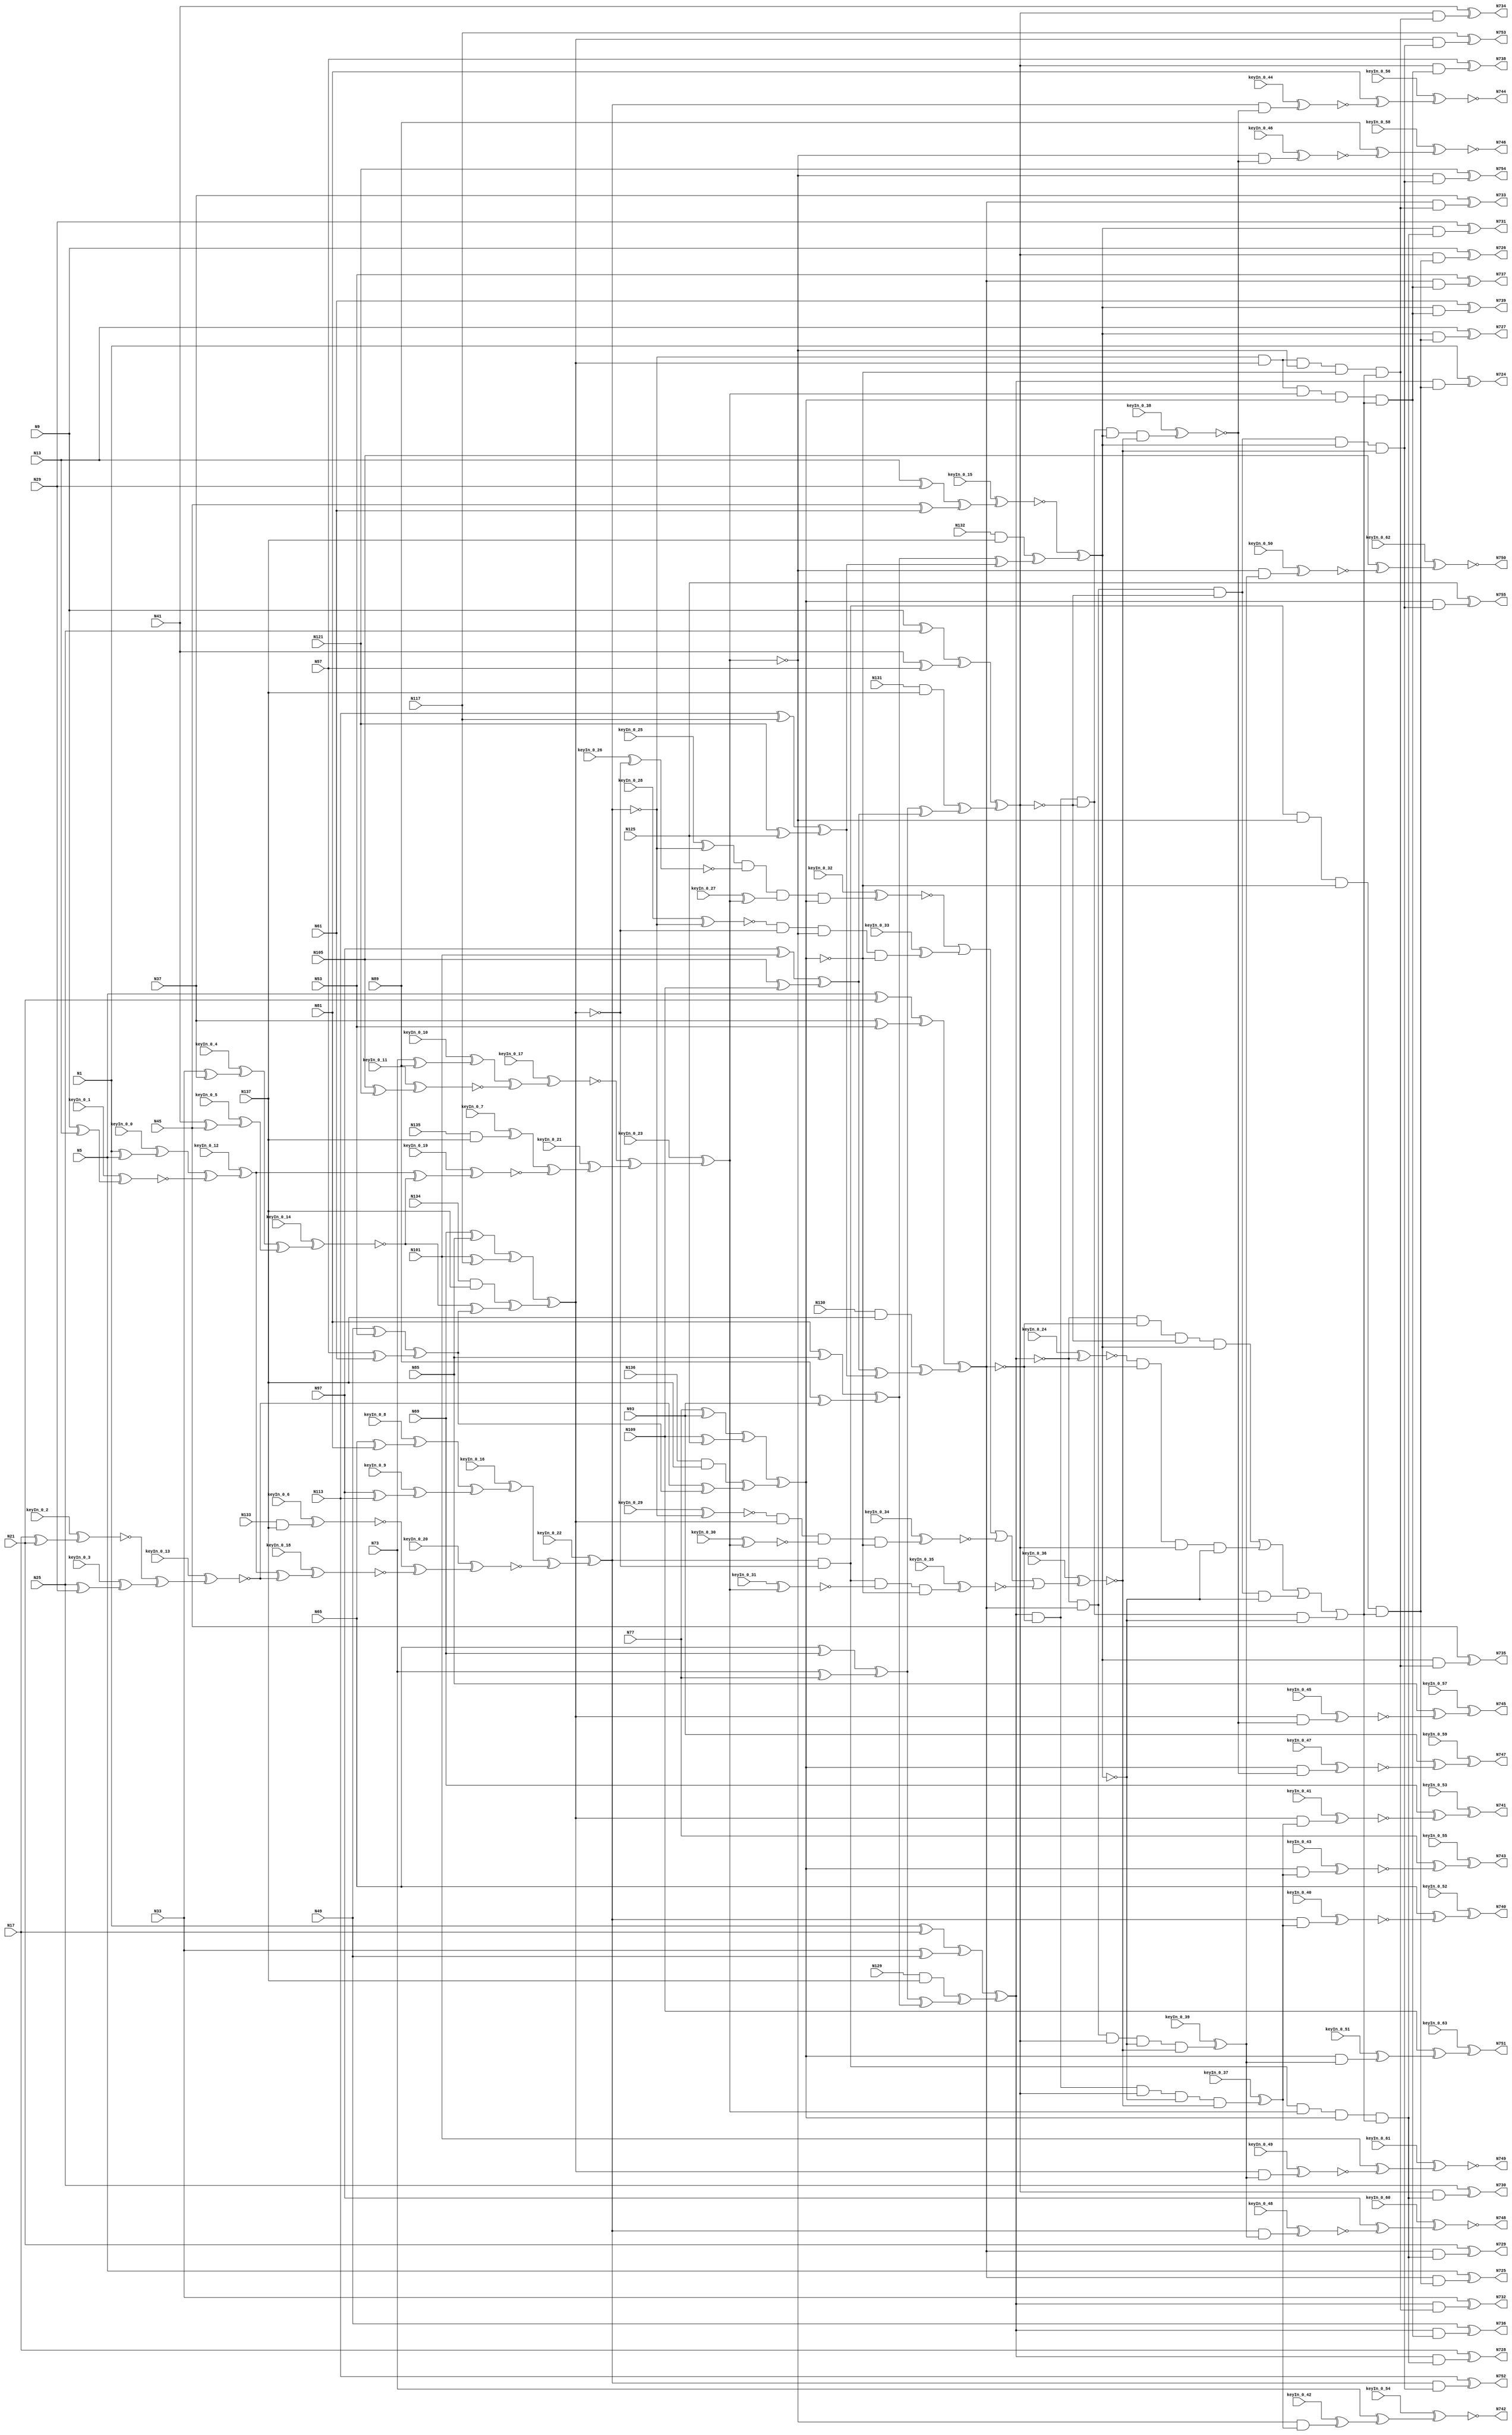
`timescale 1ns / 1ps
// Verilog
// c499
// Ninputs 41
// Noutputs 32
// NtotalGates 202
// XOR2 104
// AND2 40
// NOT1 40
// AND4 8
// OR4 2
// AND5 8

module top (N1,N5,N9,N13,N17,N21,N25,N29,N33,N37,
             N41,N45,N49,N53,N57,N61,N65,N69,N73,N77,
             N81,N85,N89,N93,N97,N101,N105,N109,N113,N117,
             N121,N125,N129,N130,N131,N132,N133,N134,N135,N136,
             N137,N724,N725,N726,N727,N728,N729,N730,N731,N732,
             N733,N734,N735,N736,N737,N738,N739,N740,N741,N742,
             N743,N744,N745,N746,N747,N748,N749,N750,N751,N752,
                  N753,N754,N755,
        keyIn_0_0, keyIn_0_1, keyIn_0_2, keyIn_0_3, keyIn_0_4,
        keyIn_0_5, keyIn_0_6, keyIn_0_7, keyIn_0_8, keyIn_0_9,
        keyIn_0_10, keyIn_0_11, keyIn_0_12, keyIn_0_13, keyIn_0_14,
        keyIn_0_15, keyIn_0_16, keyIn_0_17, keyIn_0_18, keyIn_0_19,
        keyIn_0_20, keyIn_0_21, keyIn_0_22, keyIn_0_23, keyIn_0_24,
        keyIn_0_25, keyIn_0_26, keyIn_0_27, keyIn_0_28, keyIn_0_29,
        keyIn_0_30, keyIn_0_31, keyIn_0_32, keyIn_0_33, keyIn_0_34,
        keyIn_0_35, keyIn_0_36, keyIn_0_37, keyIn_0_38, keyIn_0_39,
        keyIn_0_40, keyIn_0_41, keyIn_0_42, keyIn_0_43, keyIn_0_44,
        keyIn_0_45, keyIn_0_46, keyIn_0_47, keyIn_0_48, keyIn_0_49,
        keyIn_0_50, keyIn_0_51, keyIn_0_52, keyIn_0_53, keyIn_0_54,
        keyIn_0_55, keyIn_0_56, keyIn_0_57, keyIn_0_58, keyIn_0_59,
        keyIn_0_60, keyIn_0_61, keyIn_0_62, keyIn_0_63);

  input keyIn_0_0, keyIn_0_1, keyIn_0_2, keyIn_0_3, keyIn_0_4;
  input keyIn_0_5, keyIn_0_6, keyIn_0_7, keyIn_0_8, keyIn_0_9;
  input keyIn_0_10, keyIn_0_11, keyIn_0_12, keyIn_0_13, keyIn_0_14;
  input keyIn_0_15, keyIn_0_16, keyIn_0_17, keyIn_0_18, keyIn_0_19;
  input keyIn_0_20, keyIn_0_21, keyIn_0_22, keyIn_0_23, keyIn_0_24;
  input keyIn_0_25, keyIn_0_26, keyIn_0_27, keyIn_0_28, keyIn_0_29;
  input keyIn_0_30, keyIn_0_31, keyIn_0_32, keyIn_0_33, keyIn_0_34;
  input keyIn_0_35, keyIn_0_36, keyIn_0_37, keyIn_0_38, keyIn_0_39;
  input keyIn_0_40, keyIn_0_41, keyIn_0_42, keyIn_0_43, keyIn_0_44;
  input keyIn_0_45, keyIn_0_46, keyIn_0_47, keyIn_0_48, keyIn_0_49;
  input keyIn_0_50, keyIn_0_51, keyIn_0_52, keyIn_0_53, keyIn_0_54;
  input keyIn_0_55, keyIn_0_56, keyIn_0_57, keyIn_0_58, keyIn_0_59;
  input keyIn_0_60, keyIn_0_61, keyIn_0_62, keyIn_0_63;

  wire [0:63] KeyWire_0;
  wire [0:30] KeyNOTWire_0;

input N1,N5,N9,N13,N17,N21,N25,N29,N33,N37,
      N41,N45,N49,N53,N57,N61,N65,N69,N73,N77,
      N81,N85,N89,N93,N97,N101,N105,N109,N113,N117,
      N121,N125,N129,N130,N131,N132,N133,N134,N135,N136,
      N137;

output N724,N725,N726,N727,N728,N729,N730,N731,N732,N733,
       N734,N735,N736,N737,N738,N739,N740,N741,N742,N743,
       N744,N745,N746,N747,N748,N749,N750,N751,N752,N753,
       N754,N755;

wire N250,N251,N252,N253,N254,N255,N256,N257,N258,N259,
     N260,N261,N262,N263,N264,N265,N266,N267,N268,N269,
     N270,N271,N272,N273,N274,N275,N276,N277,N278,N279,
     N280,N281,N282,N283,N284,N285,N286,N287,N288,N289,
     N290,N293,N296,N299,N302,N305,N308,N311,N314,N315,
     N316,N317,N318,N319,N320,N321,N338,N339,N340,N341,
     N342,N343,N344,N345,N346,N347,N348,N349,N350,N351,
     N352,N353,N354,N367,N380,N393,N406,N419,N432,N445,
     N554,N555,N556,N557,N558,N559,N560,N561,N562,N563,
     N564,N565,N566,N567,N568,N569,N570,N571,N572,N573,
     N574,N575,N576,N577,N578,N579,N580,N581,N582,N583,
     N584,N585,N586,N587,N588,N589,N590,N591,N592,N593,
     N594,N595,N596,N597,N598,N599,N600,N601,N602,N607,
     N620,N625,N630,N635,N640,N645,N650,N655,N692,N693,
     N694,N695,N696,N697,N698,N699,N700,N701,N702,N703,
     N704,N705,N706,N707,N708,N709,N710,N711,N712,N713,
     N714,N715,N716,N717,N718,N719,N720,N721,N722,N723;

  xor XOR2_1 (KeyWire_0[0], N1, N5);
  xor KeyGate_0_0(N250, keyIn_0_0, KeyWire_0[0]);
  xor XOR2_2 (KeyWire_0[1], N9, N13);
  xor KeyGate_0_1(KeyNOTWire_0[0], keyIn_0_1, KeyWire_0[1]);
  not KeyNOTGate_0_0(N251, KeyNOTWire_0[0]);
  xor XOR2_3 (KeyWire_0[2], N17, N21);
  xor KeyGate_0_2(KeyNOTWire_0[1], keyIn_0_2, KeyWire_0[2]);
  not KeyNOTGate_0_1(N252, KeyNOTWire_0[1]);
  xor XOR2_4 (KeyWire_0[3], N25, N29);
  xor KeyGate_0_3(N253, keyIn_0_3, KeyWire_0[3]);
  xor XOR2_5 (KeyWire_0[4], N33, N37);
  xor KeyGate_0_4(N254, keyIn_0_4, KeyWire_0[4]);
  xor XOR2_6 (KeyWire_0[5], N41, N45);
  xor KeyGate_0_5(N255, keyIn_0_5, KeyWire_0[5]);
xor XOR2_7 (N256, N49, N53);
xor XOR2_8 (N257, N57, N61);
xor XOR2_9 (N258, N65, N69);
xor XOR2_10 (N259, N73, N77);
xor XOR2_11 (N260, N81, N85);
xor XOR2_12 (N261, N89, N93);
xor XOR2_13 (N262, N97, N101);
xor XOR2_14 (N263, N105, N109);
xor XOR2_15 (N264, N113, N117);
xor XOR2_16 (N265, N121, N125);
and AND2_17 (N266, N129, N137);
and AND2_18 (N267, N130, N137);
and AND2_19 (N268, N131, N137);
and AND2_20 (N269, N132, N137);
  and AND2_21 (KeyWire_0[6], N133, N137);
  xor KeyGate_0_6(KeyNOTWire_0[2], keyIn_0_6, KeyWire_0[6]);
  not KeyNOTGate_0_2(N270, KeyNOTWire_0[2]);
and AND2_22 (N271, N134, N137);
  and AND2_23 (KeyWire_0[7], N135, N137);
  xor KeyGate_0_7(N272, keyIn_0_7, KeyWire_0[7]);
and AND2_24 (N273, N136, N137);
xor XOR2_25 (N274, N1, N17);
xor XOR2_26 (N275, N33, N49);
xor XOR2_27 (N276, N5, N21);
xor XOR2_28 (N277, N37, N53);
xor XOR2_29 (N278, N9, N25);
xor XOR2_30 (N279, N41, N57);
xor XOR2_31 (N280, N13, N29);
xor XOR2_32 (N281, N45, N61);
  xor XOR2_33 (KeyWire_0[8], N65, N81);
  xnor KeyGate_0_8(KeyNOTWire_0[3], keyIn_0_8, KeyWire_0[8]);
  not KeyNOTGate_0_3(N282, KeyNOTWire_0[3]);
  xor XOR2_34 (KeyWire_0[9], N97, N113);
  xor KeyGate_0_9(N283, keyIn_0_9, KeyWire_0[9]);
xor XOR2_35 (N284, N69, N85);
xor XOR2_36 (N285, N101, N117);
  xor XOR2_37 (KeyWire_0[10], N73, N89);
  xor KeyGate_0_10(N286, keyIn_0_10, KeyWire_0[10]);
  xor XOR2_38 (KeyWire_0[11], N105, N121);
  xnor KeyGate_0_11(N287, keyIn_0_11, KeyWire_0[11]);
xor XOR2_39 (N288, N77, N93);
xor XOR2_40 (N289, N109, N125);
  xor XOR2_41 (KeyWire_0[12], N250, N251);
  xnor KeyGate_0_12(KeyNOTWire_0[4], keyIn_0_12, KeyWire_0[12]);
  not KeyNOTGate_0_4(N290, KeyNOTWire_0[4]);
  xor XOR2_42 (KeyWire_0[13], N252, N253);
  xnor KeyGate_0_13(N293, keyIn_0_13, KeyWire_0[13]);
  xor XOR2_43 (KeyWire_0[14], N254, N255);
  xor KeyGate_0_14(KeyNOTWire_0[5], keyIn_0_14, KeyWire_0[14]);
  not KeyNOTGate_0_5(N296, KeyNOTWire_0[5]);
xor XOR2_44 (N299, N256, N257);
xor XOR2_45 (N302, N258, N259);
xor XOR2_46 (N305, N260, N261);
xor XOR2_47 (N308, N262, N263);
xor XOR2_48 (N311, N264, N265);
xor XOR2_49 (N314, N274, N275);
xor XOR2_50 (N315, N276, N277);
xor XOR2_51 (N316, N278, N279);
  xor XOR2_52 (KeyWire_0[15], N280, N281);
  xnor KeyGate_0_15(N317, keyIn_0_15, KeyWire_0[15]);
  xor XOR2_53 (KeyWire_0[16], N282, N283);
  xor KeyGate_0_16(N318, keyIn_0_16, KeyWire_0[16]);
xor XOR2_54 (N319, N284, N285);
  xor XOR2_55 (KeyWire_0[17], N286, N287);
  xnor KeyGate_0_17(N320, keyIn_0_17, KeyWire_0[17]);
xor XOR2_56 (N321, N288, N289);
  xor XOR2_57 (KeyWire_0[18], N290, N293);
  xnor KeyGate_0_18(N338, keyIn_0_18, KeyWire_0[18]);
xor XOR2_58 (N339, N296, N299);
  xor XOR2_59 (KeyWire_0[19], N290, N296);
  xor KeyGate_0_19(KeyNOTWire_0[6], keyIn_0_19, KeyWire_0[19]);
  not KeyNOTGate_0_6(N340, KeyNOTWire_0[6]);
xor XOR2_60 (N341, N293, N299);
xor XOR2_61 (N342, N302, N305);
xor XOR2_62 (N343, N308, N311);
xor XOR2_63 (N344, N302, N308);
xor XOR2_64 (N345, N305, N311);
xor XOR2_65 (N346, N266, N342);
xor XOR2_66 (N347, N267, N343);
xor XOR2_67 (N348, N268, N344);
xor XOR2_68 (N349, N269, N345);
  xor XOR2_69 (KeyWire_0[20], N270, N338);
  xor KeyGate_0_20(KeyNOTWire_0[7], keyIn_0_20, KeyWire_0[20]);
  not KeyNOTGate_0_7(N350, KeyNOTWire_0[7]);
xor XOR2_70 (N351, N271, N339);
  xor XOR2_71 (KeyWire_0[21], N272, N340);
  xor KeyGate_0_21(N352, keyIn_0_21, KeyWire_0[21]);
xor XOR2_72 (N353, N273, N341);
xor XOR2_73 (N354, N314, N346);
xor XOR2_74 (N367, N315, N347);
xor XOR2_75 (N380, N316, N348);
xor XOR2_76 (N393, N317, N349);
  xor XOR2_77 (KeyWire_0[22], N318, N350);
  xor KeyGate_0_22(N406, keyIn_0_22, KeyWire_0[22]);
xor XOR2_78 (N419, N319, N351);
  xor XOR2_79 (KeyWire_0[23], N320, N352);
  xnor KeyGate_0_23(N432, keyIn_0_23, KeyWire_0[23]);
xor XOR2_80 (N445, N321, N353);
not NOT1_81 (N554, N354);
not NOT1_82 (N555, N367);
not NOT1_83 (N556, N380);
  not NOT1_84 (KeyWire_0[24], N354);
  xor KeyGate_0_24(KeyNOTWire_0[8], keyIn_0_24, KeyWire_0[24]);
  not KeyNOTGate_0_8(N557, KeyNOTWire_0[8]);
not NOT1_85 (N558, N367);
not NOT1_86 (N559, N393);
not NOT1_87 (N560, N354);
not NOT1_88 (N561, N380);
not NOT1_89 (N562, N393);
not NOT1_90 (N563, N367);
not NOT1_91 (N564, N380);
not NOT1_92 (N565, N393);
not NOT1_93 (N566, N419);
not NOT1_94 (N567, N445);
not NOT1_95 (N568, N419);
not NOT1_96 (N569, N432);
not NOT1_97 (N570, N406);
not NOT1_98 (N571, N445);
not NOT1_99 (N572, N406);
not NOT1_100 (N573, N432);
  not NOT1_101 (KeyWire_0[25], N406);
  xnor KeyGate_0_25(KeyNOTWire_0[9], keyIn_0_25, KeyWire_0[25]);
  not KeyNOTGate_0_9(N574, KeyNOTWire_0[9]);
  not NOT1_102 (KeyWire_0[26], N419);
  xor KeyGate_0_26(KeyNOTWire_0[10], keyIn_0_26, KeyWire_0[26]);
  not KeyNOTGate_0_10(N575, KeyNOTWire_0[10]);
  not NOT1_103 (KeyWire_0[27], N432);
  xor KeyGate_0_27(N576, keyIn_0_27, KeyWire_0[27]);
  not NOT1_104 (KeyWire_0[28], N406);
  xor KeyGate_0_28(KeyNOTWire_0[11], keyIn_0_28, KeyWire_0[28]);
  not KeyNOTGate_0_11(N577, KeyNOTWire_0[11]);
not NOT1_105 (N578, N419);
not NOT1_106 (N579, N445);
  not NOT1_107 (KeyWire_0[29], N406);
  xnor KeyGate_0_29(N580, keyIn_0_29, KeyWire_0[29]);
  not NOT1_108 (KeyWire_0[30], N432);
  xor KeyGate_0_30(KeyNOTWire_0[12], keyIn_0_30, KeyWire_0[30]);
  not KeyNOTGate_0_12(N581, KeyNOTWire_0[12]);
not NOT1_109 (N582, N445);
not NOT1_110 (N583, N419);
  not NOT1_111 (KeyWire_0[31], N432);
  xor KeyGate_0_31(KeyNOTWire_0[13], keyIn_0_31, KeyWire_0[31]);
  not KeyNOTGate_0_13(N584, KeyNOTWire_0[13]);
not NOT1_112 (N585, N445);
not NOT1_113 (N586, N367);
not NOT1_114 (N587, N393);
not NOT1_115 (N588, N367);
not NOT1_116 (N589, N380);
not NOT1_117 (N590, N354);
not NOT1_118 (N591, N393);
not NOT1_119 (N592, N354);
not NOT1_120 (N593, N380);
and AND4_121 (N594, N554, N555, N556, N393);
and AND4_122 (N595, N557, N558, N380, N559);
and AND4_123 (N596, N560, N367, N561, N562);
and AND4_124 (N597, N354, N563, N564, N565);
  and AND4_125 (KeyWire_0[32], N574, N575, N576, N445);
  xor KeyGate_0_32(KeyNOTWire_0[14], keyIn_0_32, KeyWire_0[32]);
  not KeyNOTGate_0_14(N598, KeyNOTWire_0[14]);
  and AND4_126 (KeyWire_0[33], N577, N578, N432, N579);
  xnor KeyGate_0_33(KeyNOTWire_0[15], keyIn_0_33, KeyWire_0[33]);
  not KeyNOTGate_0_15(N599, KeyNOTWire_0[15]);
  and AND4_127 (KeyWire_0[34], N580, N419, N581, N582);
  xor KeyGate_0_34(KeyNOTWire_0[16], keyIn_0_34, KeyWire_0[34]);
  not KeyNOTGate_0_16(N600, KeyNOTWire_0[16]);
  and AND4_128 (KeyWire_0[35], N406, N583, N584, N585);
  xnor KeyGate_0_35(N601, keyIn_0_35, KeyWire_0[35]);
or OR4_129 (N602, N594, N595, N596, N597);
  or OR4_130 (KeyWire_0[36], N598, N599, N600, N601);
  xnor KeyGate_0_36(N607, keyIn_0_36, KeyWire_0[36]);
and AND5_131 (N620, N406, N566, N432, N567, N602);
and AND5_132 (N625, N406, N568, N569, N445, N602);
and AND5_133 (N630, N570, N419, N432, N571, N602);
and AND5_134 (N635, N572, N419, N573, N445, N602);
  and AND5_135 (KeyWire_0[37], N354, N586, N380, N587, N607);
  xor KeyGate_0_37(N640, keyIn_0_37, KeyWire_0[37]);
  and AND5_136 (KeyWire_0[38], N354, N588, N589, N393, N607);
  xor KeyGate_0_38(KeyNOTWire_0[17], keyIn_0_38, KeyWire_0[38]);
  not KeyNOTGate_0_17(N645, KeyNOTWire_0[17]);
  and AND5_137 (KeyWire_0[39], N590, N367, N380, N591, N607);
  xnor KeyGate_0_39(KeyNOTWire_0[18], keyIn_0_39, KeyWire_0[39]);
  not KeyNOTGate_0_18(N650, KeyNOTWire_0[18]);
and AND5_138 (N655, N592, N367, N593, N393, N607);
and AND2_139 (N692, N354, N620);
and AND2_140 (N693, N367, N620);
and AND2_141 (N694, N380, N620);
and AND2_142 (N695, N393, N620);
and AND2_143 (N696, N354, N625);
and AND2_144 (N697, N367, N625);
and AND2_145 (N698, N380, N625);
and AND2_146 (N699, N393, N625);
and AND2_147 (N700, N354, N630);
and AND2_148 (N701, N367, N630);
and AND2_149 (N702, N380, N630);
and AND2_150 (N703, N393, N630);
and AND2_151 (N704, N354, N635);
and AND2_152 (N705, N367, N635);
and AND2_153 (N706, N380, N635);
and AND2_154 (N707, N393, N635);
  and AND2_155 (KeyWire_0[40], N406, N640);
  xor KeyGate_0_40(KeyNOTWire_0[19], keyIn_0_40, KeyWire_0[40]);
  not KeyNOTGate_0_19(N708, KeyNOTWire_0[19]);
  and AND2_156 (KeyWire_0[41], N419, N640);
  xnor KeyGate_0_41(N709, keyIn_0_41, KeyWire_0[41]);
  and AND2_157 (KeyWire_0[42], N432, N640);
  xor KeyGate_0_42(N710, keyIn_0_42, KeyWire_0[42]);
  and AND2_158 (KeyWire_0[43], N445, N640);
  xor KeyGate_0_43(KeyNOTWire_0[20], keyIn_0_43, KeyWire_0[43]);
  not KeyNOTGate_0_20(N711, KeyNOTWire_0[20]);
  and AND2_159 (KeyWire_0[44], N406, N645);
  xnor KeyGate_0_44(N712, keyIn_0_44, KeyWire_0[44]);
  and AND2_160 (KeyWire_0[45], N419, N645);
  xor KeyGate_0_45(KeyNOTWire_0[21], keyIn_0_45, KeyWire_0[45]);
  not KeyNOTGate_0_21(N713, KeyNOTWire_0[21]);
  and AND2_161 (KeyWire_0[46], N432, N645);
  xor KeyGate_0_46(KeyNOTWire_0[22], keyIn_0_46, KeyWire_0[46]);
  not KeyNOTGate_0_22(N714, KeyNOTWire_0[22]);
  and AND2_162 (KeyWire_0[47], N445, N645);
  xor KeyGate_0_47(KeyNOTWire_0[23], keyIn_0_47, KeyWire_0[47]);
  not KeyNOTGate_0_23(N715, KeyNOTWire_0[23]);
  and AND2_163 (KeyWire_0[48], N406, N650);
  xor KeyGate_0_48(KeyNOTWire_0[24], keyIn_0_48, KeyWire_0[48]);
  not KeyNOTGate_0_24(N716, KeyNOTWire_0[24]);
  and AND2_164 (KeyWire_0[49], N419, N650);
  xnor KeyGate_0_49(N717, keyIn_0_49, KeyWire_0[49]);
  and AND2_165 (KeyWire_0[50], N432, N650);
  xnor KeyGate_0_50(N718, keyIn_0_50, KeyWire_0[50]);
  and AND2_166 (KeyWire_0[51], N445, N650);
  xor KeyGate_0_51(N719, keyIn_0_51, KeyWire_0[51]);
and AND2_167 (N720, N406, N655);
and AND2_168 (N721, N419, N655);
and AND2_169 (N722, N432, N655);
and AND2_170 (N723, N445, N655);
xor XOR2_171 (N724, N1, N692);
xor XOR2_172 (N725, N5, N693);
xor XOR2_173 (N726, N9, N694);
xor XOR2_174 (N727, N13, N695);
xor XOR2_175 (N728, N17, N696);
xor XOR2_176 (N729, N21, N697);
xor XOR2_177 (N730, N25, N698);
xor XOR2_178 (N731, N29, N699);
xor XOR2_179 (N732, N33, N700);
xor XOR2_180 (N733, N37, N701);
xor XOR2_181 (N734, N41, N702);
xor XOR2_182 (N735, N45, N703);
xor XOR2_183 (N736, N49, N704);
xor XOR2_184 (N737, N53, N705);
xor XOR2_185 (N738, N57, N706);
xor XOR2_186 (N739, N61, N707);
  xor XOR2_187 (KeyWire_0[52], N65, N708);
  xor KeyGate_0_52(N740, keyIn_0_52, KeyWire_0[52]);
  xor XOR2_188 (KeyWire_0[53], N69, N709);
  xor KeyGate_0_53(N741, keyIn_0_53, KeyWire_0[53]);
  xor XOR2_189 (KeyWire_0[54], N73, N710);
  xnor KeyGate_0_54(N742, keyIn_0_54, KeyWire_0[54]);
  xor XOR2_190 (KeyWire_0[55], N77, N711);
  xnor KeyGate_0_55(KeyNOTWire_0[25], keyIn_0_55, KeyWire_0[55]);
  not KeyNOTGate_0_25(N743, KeyNOTWire_0[25]);
  xor XOR2_191 (KeyWire_0[56], N81, N712);
  xnor KeyGate_0_56(N744, keyIn_0_56, KeyWire_0[56]);
  xor XOR2_192 (KeyWire_0[57], N85, N713);
  xor KeyGate_0_57(N745, keyIn_0_57, KeyWire_0[57]);
  xor XOR2_193 (KeyWire_0[58], N89, N714);
  xor KeyGate_0_58(KeyNOTWire_0[26], keyIn_0_58, KeyWire_0[58]);
  not KeyNOTGate_0_26(N746, KeyNOTWire_0[26]);
  xor XOR2_194 (KeyWire_0[59], N93, N715);
  xnor KeyGate_0_59(KeyNOTWire_0[27], keyIn_0_59, KeyWire_0[59]);
  not KeyNOTGate_0_27(N747, KeyNOTWire_0[27]);
  xor XOR2_195 (KeyWire_0[60], N97, N716);
  xor KeyGate_0_60(KeyNOTWire_0[28], keyIn_0_60, KeyWire_0[60]);
  not KeyNOTGate_0_28(N748, KeyNOTWire_0[28]);
  xor XOR2_196 (KeyWire_0[61], N101, N717);
  xor KeyGate_0_61(KeyNOTWire_0[29], keyIn_0_61, KeyWire_0[61]);
  not KeyNOTGate_0_29(N749, KeyNOTWire_0[29]);
  xor XOR2_197 (KeyWire_0[62], N105, N718);
  xnor KeyGate_0_62(N750, keyIn_0_62, KeyWire_0[62]);
  xor XOR2_198 (KeyWire_0[63], N109, N719);
  xnor KeyGate_0_63(KeyNOTWire_0[30], keyIn_0_63, KeyWire_0[63]);
  not KeyNOTGate_0_30(N751, KeyNOTWire_0[30]);
xor XOR2_199 (N752, N113, N720);
xor XOR2_200 (N753, N117, N721);
xor XOR2_201 (N754, N121, N722);
xor XOR2_202 (N755, N125, N723);

endmodule